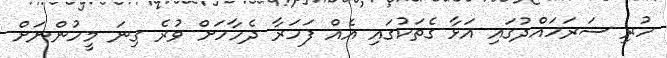
ހުރި ސަރަހައްދުގައި އަޅާ ގެތަކުގައި އެއް ފަހަރާ ދެހާހަށް ވުރެ ގިނަ މީހުންނަށް